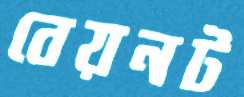
বেয়নট